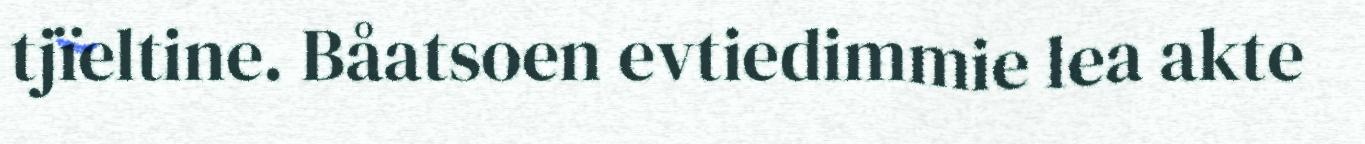
tjïeltine. Båatsoen evtiedimmie lea akte